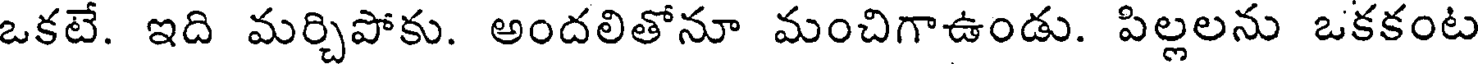
ఒకటే. ఇది మర్చిపోకు. అందలితోనూ మంచిగాఉండు. పిల్లలను ఒకకంట